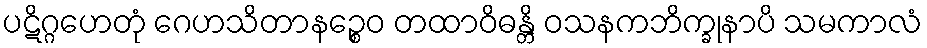
ပဋိဂ္ဂဟေတုံ ဂေဟသိတာနဉ္စေဝ တထာဝိဓန္တိ ဝသနကဘိက္ခုနာပိ သမကာလံ